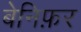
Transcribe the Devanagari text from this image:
बेनिफ़र